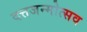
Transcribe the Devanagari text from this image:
दत्तजन्मोत्सव